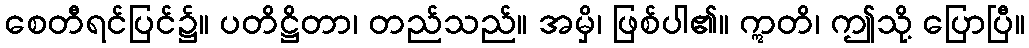
စေတီရင်ပြင်၌။ ပတိဋ္ဌိတာ၊ တည်သည်။ အမှိ၊ ဖြစ်ပါ၏။ ဣတိ၊ ဤသို့ ပြောပြီ။